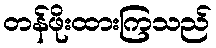
တန်ဖိုးထားကြသည်